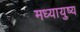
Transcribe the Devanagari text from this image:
मध्यायुष्य